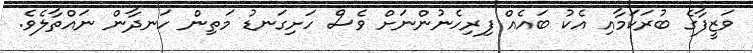
ވަޒީފާގެ ބުރަކަމާއި އެކު ބައެއް ފިރިހެނުންނަށް ވެސް ހަށިގަނޑު މަތިން ހަނދާން ނައްތާލެވެ.